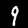
Label: 9